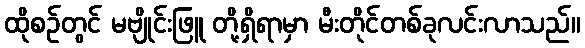
ထိုစဉ်တွင် မဗျိုင်းဖြူ တို့ရှိရာမှာ မီးတိုင်တစ်ခုလင်းလာသည်။